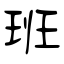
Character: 班